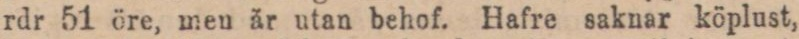
rdr 51 öre, men är utan behof. Hafre saknar köplust,